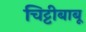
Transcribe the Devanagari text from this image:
चिट्टीबाबू